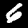
Label: 6